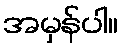
အမှန်ပါ။